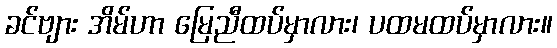
ခင်ဗျား အိမ်ဟာ မြေညီထပ်မှာလား၊ ပထမထပ်မှာလား။